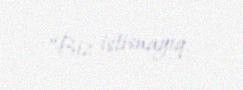
“Biz istisnayıq.